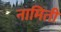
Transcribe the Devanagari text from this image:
नामिती